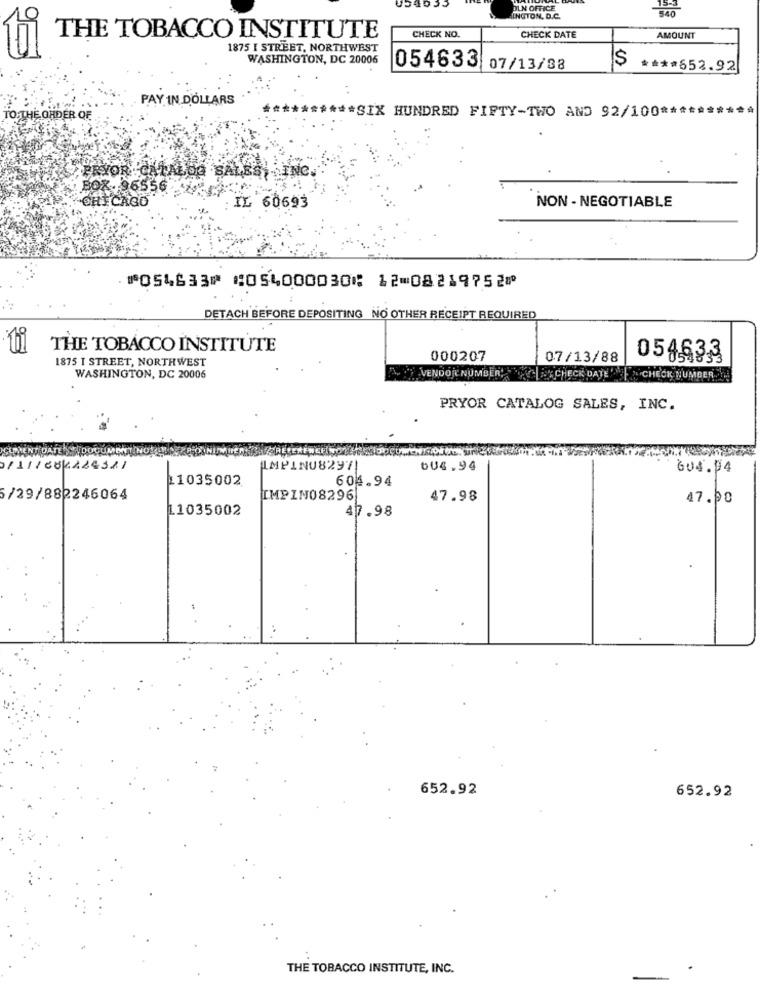
DLN OFFICE
540
INGTON, D.C.
THE TOBACCO INSTITUTE
CHECK NO.
CHECK DATE
AMOUNT
1875 I STREET, NORTHWEST
WASHINGTON, DC 20006
054633 07/13/88
**** 652.92
PAY IN DOLLARS
TO THE ORDER OF
*** SIX HUNDRED FIFTY-TWO AND 92/100 **
PRYOR -CATALDO SALES, INC.
BOX. 96556
CHICAGO
: IL 60693
NON - NEGOTIABLE
⑈054633⑈ ⑆054000030⑆ 12⑉08219752⑈
DETACH BEFORE DEPOSITING NO OTHER RECEIPT REQUIRED
THE TOBACCO INSTITUTE
1875 I STREET, NORTHWEST
000207
07/13/88
058633
WASHINGTON, DC 20006
VENDOR NUMBER CHECK DATE
LCHECK NUMBER D
PRYOR CATALOG SALES, INC.
111160K224311
AMPINU82971
bU4.94
604.94
11035002
604.94
5/29/882246064
IMPIN08296
47.98
47.00
11035002
47.98
652.92
652.92
THE TOBACCO INSTITUTE, INC.